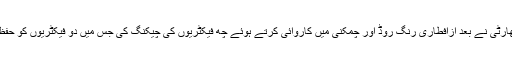
12 جون2018ء) خیبرپختونخوا فوڈ سیفٹی اینڈ حلال فوڈ اتھارٹی نے بعد ازافطاری رنگ روڈ اور چمکنی میں کاروائی کرتے ہوئے چھ فیکٹریوں کی چیکنگ کی جس میں دو فیکٹریوں کو حفظان صحت کے اصولوں کی خلاف ورزی پر سیل کردیا گیا۔